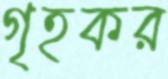
গৃহকর